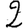
Digit: 2